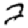
Digit: 2